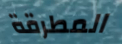
المطرقة